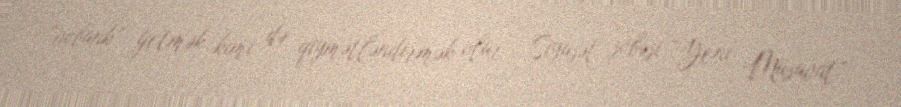
“vobank” getmək kimi də qiymətləndirmək olar... Siyasət şöbəsi,“Yeni Müsavat”.